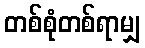
တစ်စုံတစ်ရာမျှ